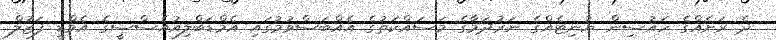
ދެ ރަށެއްގެ ހައުސިން ޔުނިޓެއްގެ ނަރުދަމާގެ މަސައްކަތުގެ އެއްބަސްވުމުގައި އެމްޑަބްލިއުއެސްސީގެ އެމްޑީ ފަޒުލް